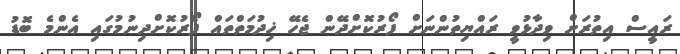
ރައީސް އިތުރަށް ވިދާޅުވީ ރައްޔިތުންނަށް ފޯރުކޮށްދޭން ޖެހޭ ޚިދުމަތްތައް ފޯރުކޮށްދިނުމުގައި އެންމެ ބޮޑު